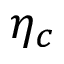
\eta _ { c }